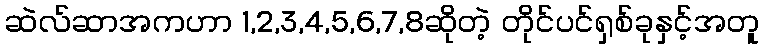
ဆဲလ်ဆာအကဟာ 1,2,3,4,5,6,7,8ဆိုတဲ့ တိုင်ပင်ရှစ်ခုနှင့်အတူ